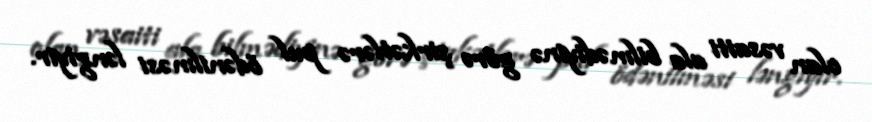
olan vəsaiti ala bilmədiyinə görə şirkətlərə pul ödənilməsi ləngiyir.